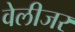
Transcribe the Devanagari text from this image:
वेलीजर